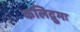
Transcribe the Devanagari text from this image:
कलिद्रुमः